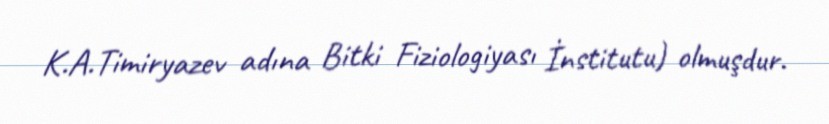
K.A.Timiryazev adına Bitki Fiziologiyası İnstitutu) olmuşdur.